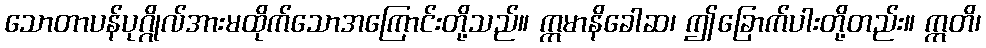
သောတာပန်ပုဂ္ဂိုလ်အားမထိုက်သောအကြောင်းတို့သည်။ ဣမာနိခေါဆ၊ ဤခြောက်ပါးတို့တည်း။ ဣတိ၊